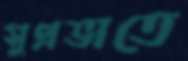
সুপ্রভাতে